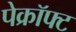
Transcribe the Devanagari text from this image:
पेक्रॉफ्ट